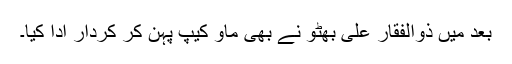
بعد میں ذوالفقار علی بھٹو نے بھی ماو کیپ پہن کر کردار ادا کیا۔